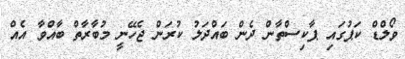
ވޯލްޑް ކަޕުގައި ޕާކިސްތާން ދެން ބައްދަލު ކުރަން ޖެހޭނީ މުބާރާތް ބާއްވާ އެއް